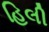
હિલી